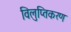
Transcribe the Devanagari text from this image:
विलुप्तिकरण